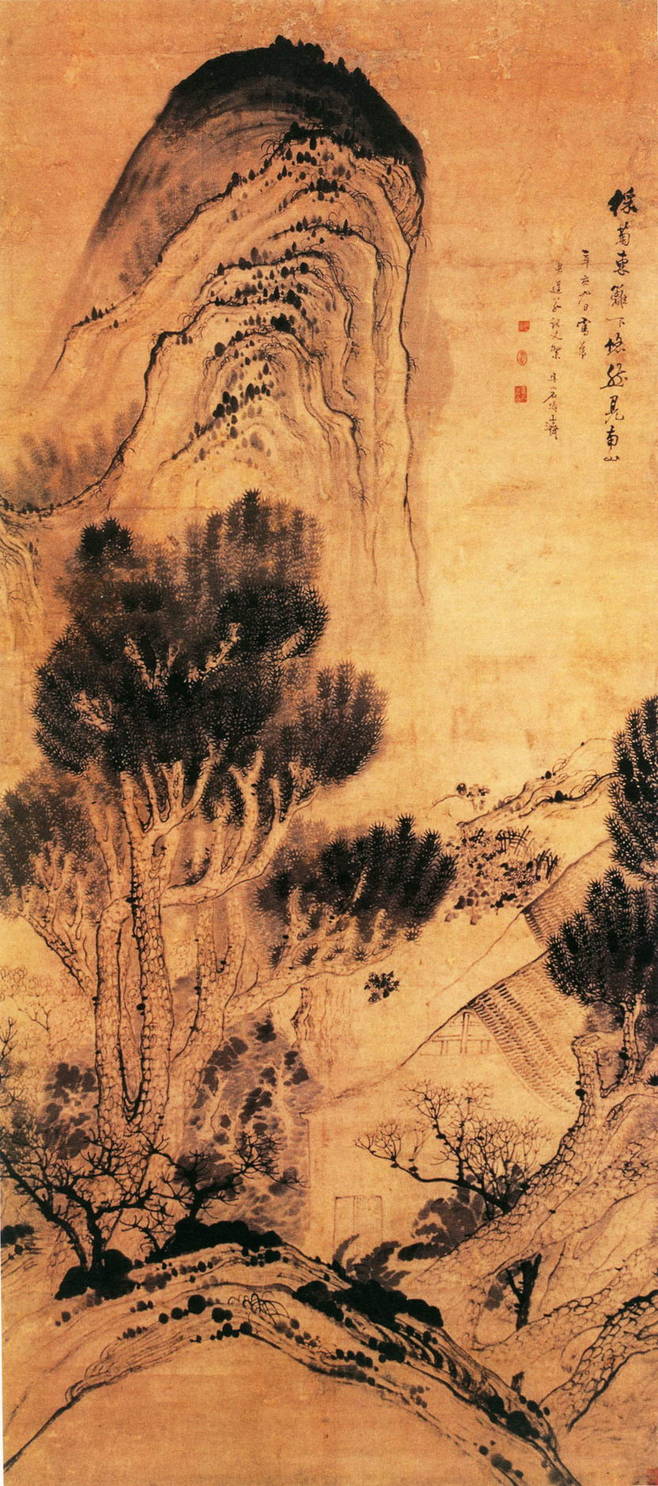
欲写彩笺书别怨。泪痕早已先书满。